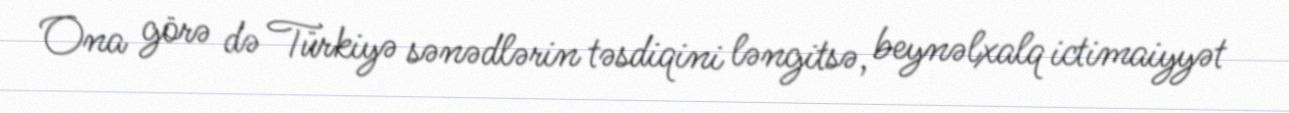
Ona görə də Türkiyə sənədlərin təsdiqini ləngitsə, beynəlxalq ictimaiyyət